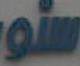
سنور